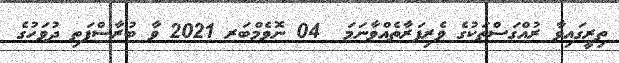
ތިރީގައިވާ ރުއްގަސްތަކުގެ ވެރިފަރާތެއްވާނަމަ  04 ނޮވެމްބަރ 2021 ވާ ބުރާސްފަތި ދުވަހުގެ